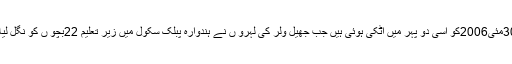
30مئی2006کو اسی دو پہر میں اٹکی ہوئی ہیں جب جھیل ولر کی لہرو ں نے ہندوارہ پبلک سکول میں زیر تعلیم 22بچو ں کو نگل لیا ۔